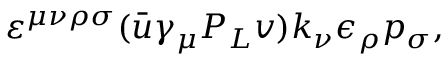
\varepsilon ^ { \mu \nu \rho \sigma } ( \bar { u } \gamma _ { \mu } P _ { L } v ) k _ { \nu } \epsilon _ { \rho } p _ { \sigma } ,